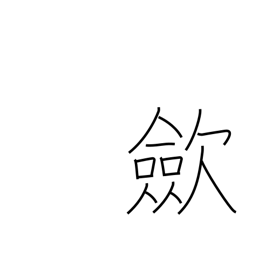
Meaning: tighten